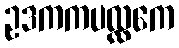
ဥဒကကပလ္လကေ